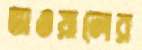
ভাওয়ালের